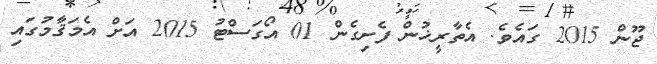
ޖޫން 2015 ގައެވެ. އެތާރީޚުން ފެށިގެން 01 އޯގަސްޓު 2015 އަށް އެމަޤާމުގައި